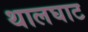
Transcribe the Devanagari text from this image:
थालघाट